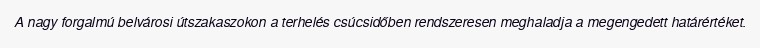
A nagy forgalmú belvárosi útszakaszokon a terhelés csúcsidőben rendszeresen meghaladja a megengedett határértéket.